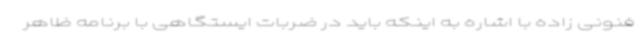
فنونی زاده با اشاره به اینکه باید در ضربات ایستگاهی با برنامه ظاهر